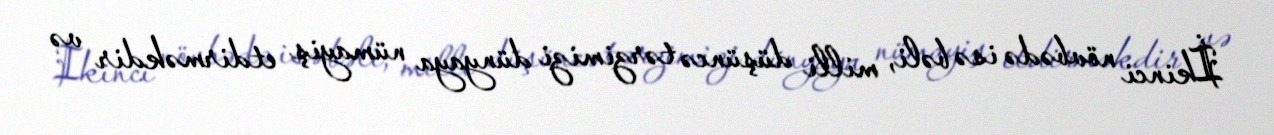
İkinci növbədə isə bəli, milli düşüncə tərzimizi dünyaya nümayiş etdirməkdir və